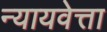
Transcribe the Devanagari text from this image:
न्यायवेत्ता